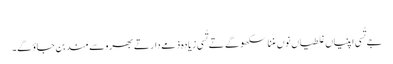
‏
جے تُسی اپنیاں غلطیاں نوں مننا سکھو گے تے تُسی زیادہ ذمےدار تے بھروسےمند بن جاؤ گے۔